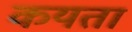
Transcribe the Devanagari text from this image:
कयता